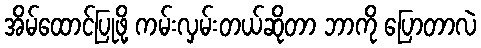
အိမ်ထောင်ပြုဖို့ ကမ်းလှမ်းတယ်ဆိုတာ ဘာကို ပြောတာလဲ